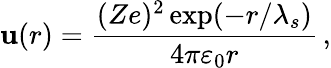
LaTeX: \mathbf{u}(r)=\frac{{(Ze)^{2}\exp(-r/\lambda_{s})}}{{4\pi\varepsilon_{0}r}}\, ,